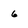
Character: 6